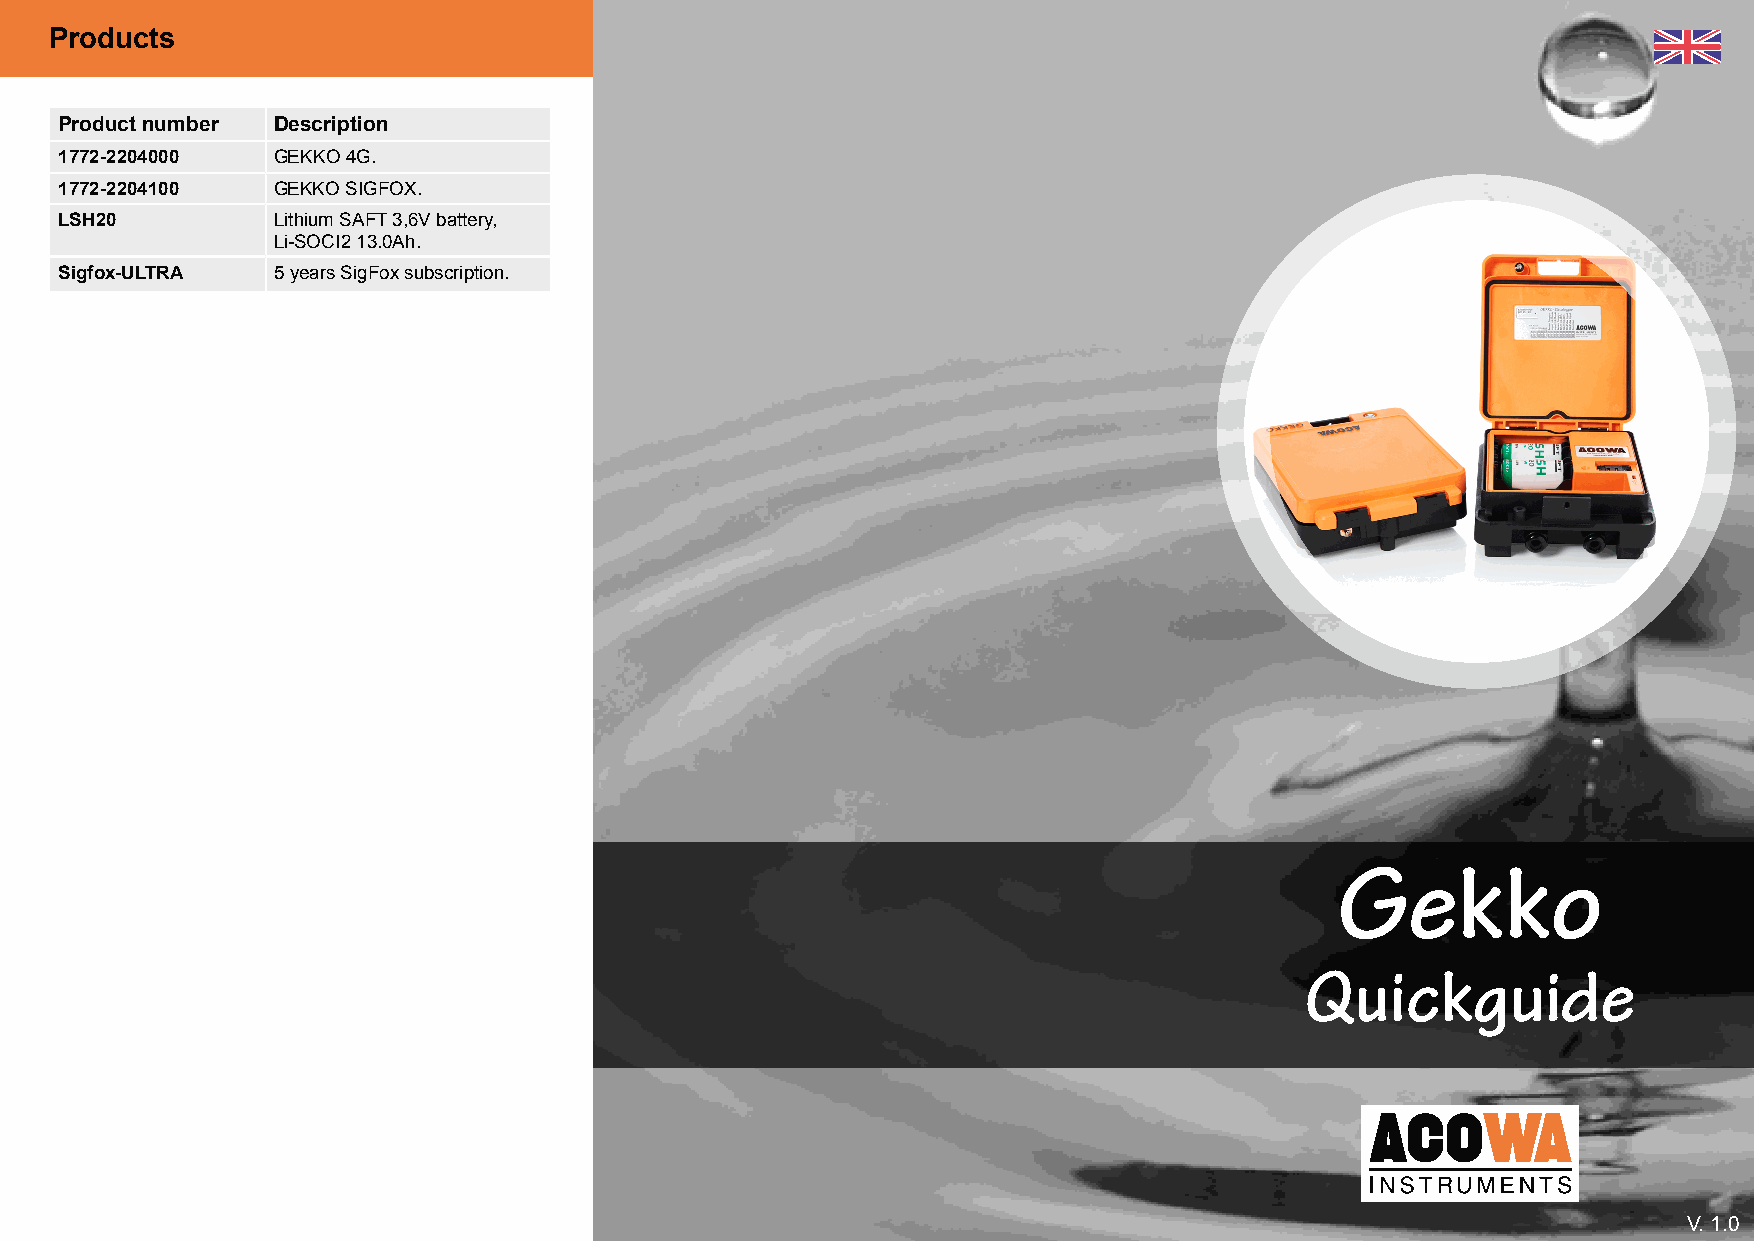
Products
 Product number Description
 1772-2204000  GEKKO 4G.
 1772-2204100  GEKKO SIGFOX.
 LSH20         Lithium SAFT 3,6V battery,
 Li-SOCI2 13.0Ah .
 Sigfox-ULTRA  5 years SigFox subscription.
 Gekko
 Quickguide
 VV.. 11..00